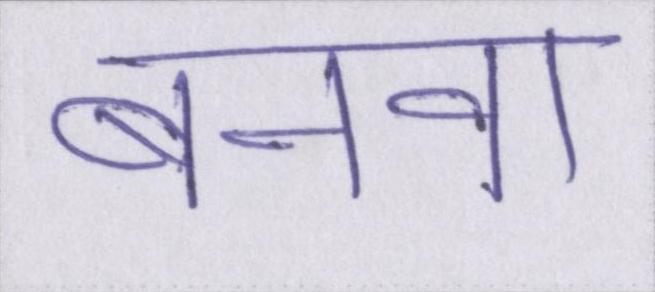
बनवा